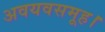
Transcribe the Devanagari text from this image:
अवयवसमूह।